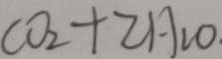
C O _ { 2 } + 2 H _ { 2 } O